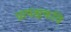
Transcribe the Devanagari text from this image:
प्रत्यक्षकवि